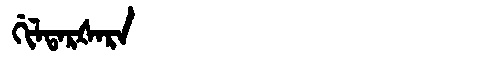
Manchu: ᡤᡳᠯᡨᠠᡵᡧᠠᡵᠠ
Romanization: GILTARŠARA